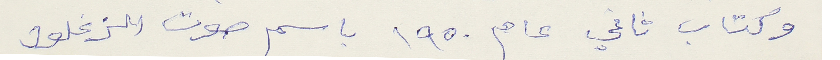
وكتاب ثاني عام ١٩٥٠ باسم صوت الزغلول